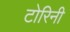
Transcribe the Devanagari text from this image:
टोरिनी